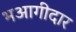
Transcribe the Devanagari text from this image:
भआगीदार